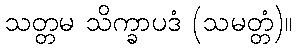
သတ္တမ သိက္ခာပဒံ (သမတ္တံ)။